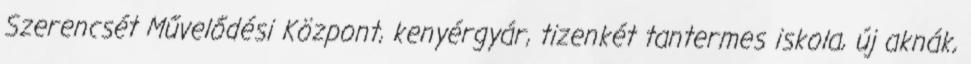
Szerencsét Művelődési Központ, kenyérgyár, tizenkét tantermes iskola, új aknák,